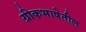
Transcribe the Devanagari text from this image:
ग्रीकभाषेतील